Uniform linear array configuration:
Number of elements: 12
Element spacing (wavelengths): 0.5
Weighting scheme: binomial
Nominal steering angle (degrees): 60
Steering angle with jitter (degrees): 61.148
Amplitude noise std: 0.05
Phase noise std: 0.05

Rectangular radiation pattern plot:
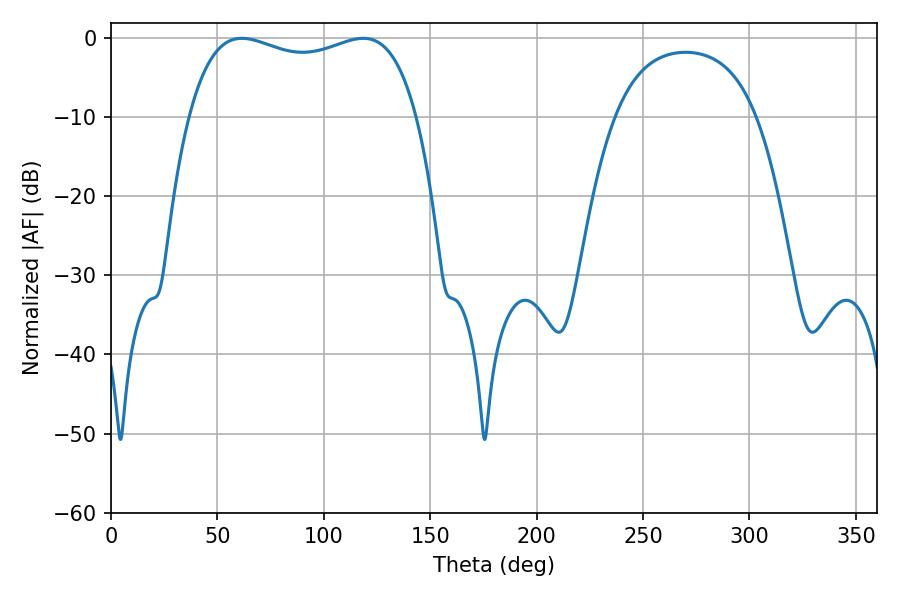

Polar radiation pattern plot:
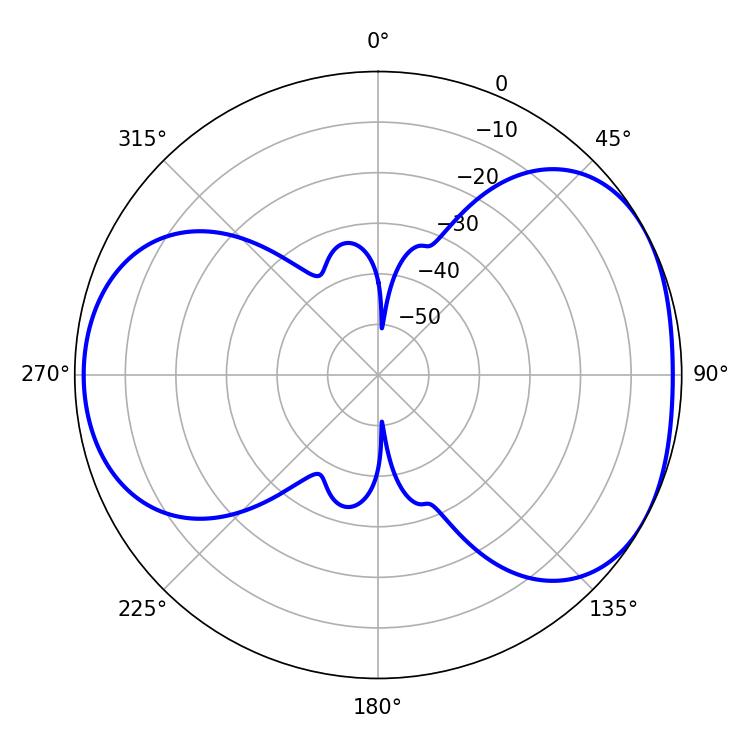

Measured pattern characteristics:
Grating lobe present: FALSE
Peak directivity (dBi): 4.597
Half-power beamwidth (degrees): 87.48
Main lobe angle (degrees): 61.56